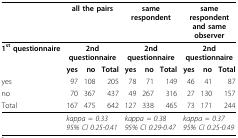
<table><thead><tr><td></td><td colspan="3"><b>all the pairs</b></td><td colspan="3"><b>same respondent</b></td><td colspan="3"><b>same respondentand same observer</b></td></tr></thead><tbody><tr><td><b>1<sup>st </sup>questionnaire</b></td><td colspan="3"><b>2nd questionnaire</b></td><td colspan="3"><b>2nd questionnaire</b></td><td colspan="3"><b>2nd questionnaire</b></td></tr><tr><td></td><td><b>yes</b></td><td><b>no</b></td><td><b>Total</b></td><td><b>yes</b></td><td><b>no</b></td><td><b>Total</b></td><td><b>yes</b></td><td><b>no</b></td><td><b>Total</b></td></tr><tr><td>yes</td><td>97</td><td>108</td><td>205</td><td>78</td><td>71</td><td>149</td><td>46</td><td>41</td><td>87</td></tr><tr><td>no</td><td>70</td><td>367</td><td>437</td><td>49</td><td>267</td><td>316</td><td>27</td><td>130</td><td>157</td></tr><tr><td>Total</td><td>167</td><td>475</td><td>642</td><td>127</td><td>338</td><td>465</td><td>73</td><td>171</td><td>244</td></tr><tr><td></td><td colspan="3"><i>kappa = 0.33</i><i>95% CI 0.25-0.41</i></td><td colspan="3"><i>kappa = 0.38</i><i>95% CI 0.29-0.47</i></td><td colspan="3"><i>kappa = 0.37</i><i>95% CI 0.25-0.49</i></td></tr></tbody></table>